Report on the bubonic plague in Bombay, 1896-1897
Year: 1896
Disease focus: Plague
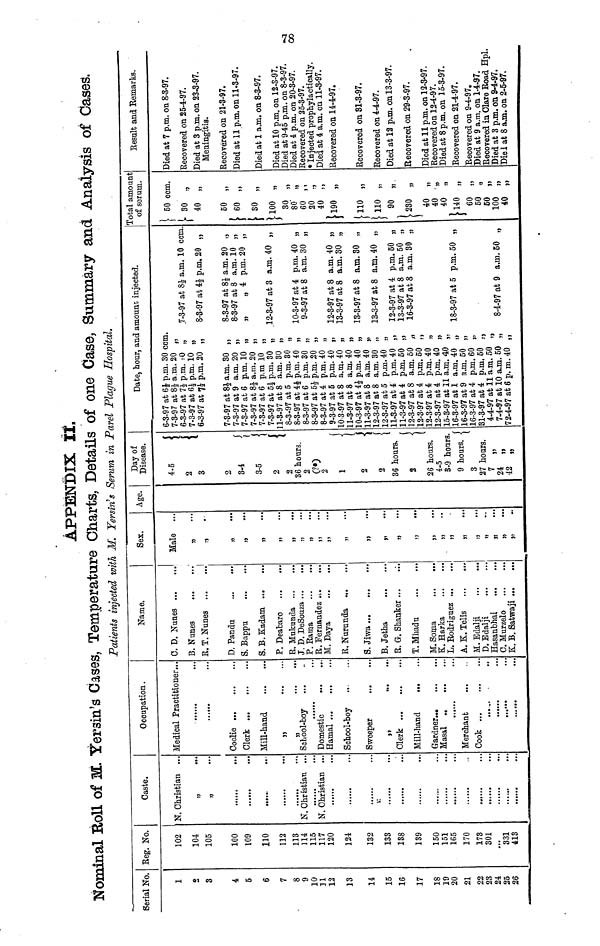
APPENDIX It.
Nominal Boll of M. Yersin's Cases, Temperature Charts, Details of one Case, Summary and Analysis of Cases.
Patients injected with M. Yersin's Serum in Parel Plague Hospital.
Serial No. Reg. No.
Caste.
Occupation.
Name.
Sex.
Age.
Day of
Disease.
1
2
3
4
6
6
7
8
9
10
11
12
13
11
15
16
17
18
19
20
21
22
23
24
25
26
102
101
105
100
109
110
112
113
114
115
117
120
121
132
133
138
139
150
151
165
170
173
301
...
331
113
N. Christian
"
"
......
......
......
......
......
N. Christian
N. Christian
......
......
......
......
......
......
......
......
......
......
.....
......
......
......
...
...
...
...
...
...
...
...
...
...
...
...
...
...
...
...
...
...
...
...
...
...
...
...
Medical Praotitioner...
......
......
Coolie ...
Clerk ...
Mill-hand
"
"
Sohool-boy
Domestic
Hamal ...
Sohool-boy
Sweeper
"
Clerk ...
Mill-hand
Gardner...
Masai ...
......
Merchant
Cook ...
......
......
......
......
...
...
...
...
...
...
...
...
...
...
...
...
...
...
...
...
...
...
...
...
...
...
...
...
...
...
...
...
...
...
...
...
...
...
...
...
...
...
...
...
...
...
C. D. Nunes
B. Nunes
B. T. Nunes
D. Panda
S. Bappu
S. B. Kadam
P. Deabaro
B. Mukunda
J. D. DeSonza
P. Rama
B. Fernandes
M. Daya
B. Nurunda
S. Jiwa...
B. Jetha
B. G. Shanker
T. Mhadu
M. Soma
K. Harka
L. Rodrigues
A. K. Tens
M. Edalji
D. Edalji
Hasanbhai
C. Murzelo
K. B. Satwaji
...
...
...
...
...
...
...
...
...
...
...
...
...
...
...
...
...
...
...
...
...
...
...
...
...
...
...
...
...
...
...
...
...
...
...
...
...
...
...
...
...
...
...
...
...
...
...
...
...
Male
"
"
"
"
"
"
"
"
"
"
"
"
"
"
"
"
"
"
"
"
"
"
"
"
"
"
"
...
...
...
...
...
...
...
...
...
...
...
...
...
...
...
...
...
...
...
...
...
...
...
...
"
4-5
"
2
3
2
5-4
3-5
2
2
36 hours.
2
2
(?)
1
2
2
36 hours.
2
26 hours.
4-5
3-9 hours.
9 hours.
3
27 hours.
7 "
24 "
42 "
Date, hour, and amount injected.
6-3-97 at 6 1/2 p.m. 30
7-3-97 at 8 1/2 a.m. 20
6-3-97 at 7 1/2 p.m. 10
7-3-97 at 6 1/2 p.m. 10
6-3-97 at 7 1/2 p.m. 20
7-3-97 at 8 1/2 a.m. 30
7-3-97 at 9 a.m. 20
7-3-97 at 6 p.m. 10
7-3-97 at 8 1/2 a.m. 20
7-3-97 at 6 p.m 10
7-3-97 at 5 1/2 p.m. 30
11-3-97 at 8 a.m. 80
8-3-97 at 5 p.m. 30
8-3-97 at 4 1/2 P.m. 10
8-3-97 at 6 p.m. 30
8-3-97 at 5 1/2 p.m. 20
8-3-97 at 4 p.m. 10
9-3-97 at 5 p.m. 40
10-3-97 at 8 a.m. 40
11-3-97 at 8 a.m.40
10-3-97 at 4 1/2 p.m. 10
11-3-97 at 8 a.m. 40
12-3-97 at 8 a.m. 30
12-3-97 at 5 p.m. 40
11-3-97 at 4 p.m. 40
11-3-97 at 4 p.m. 50
12-3-97 at 8 a.m. 50
12-3-97 at 4 p.m. 50
12-347 at 4 p.m. 40
12-3-97 at 1 p.m. 40
15-3-97 at 11 a.m. 40
16-3-97 at 1 a.m. 40
16-3-97 at 9 a.m. 50
16-3-97 at 4 pan. 60
31-3-97 at 4 p.m. 50
4-4-97 at 11 a.m. 50
7-4-97 at 10 a.m. 50
72-4-97 at 6 p. m. 40
ccm.
n
"
"
"
"
"
"
"
"
"
"
"
"
"
"
"
"
"
"
"
"
"
"
"
"
"
"
"
"
"
"
"
"
"
7-3-97 at 8 1/2 a.m. 10
8-3-97 at 4 1/2 p.m.20
8-3-97 at 8 1/2 a.m. 20
8-3-97 at 8 a.m. 10
„
„ 4 p.m. 20
12-3-97 at 3 a.m. 40
10-3-97 at 4 p.m. 40
9-3-97 at 8 a.m. 30
12-3-97 at 8 a.m. 40
13-3-97 at 8 a.m. 30
13-8-97 at 8 a.m. 30
13-3-97 at 8 a.m. 40
12-3-97 at 4 p.m. 50
13-3-97 at 8 a.m. 50
16-3-97 at 8 a.m. 30
18-3-97 at 5 p.m. 50
8-4-97 at 9 a.m. 50
ccm.
"
"
"
"
"
"
"
"
"
"
"
"
"
"
"
Total amount
of serum.
50
30
10
50
60
30
100
30
80
60
20
10
190
110
110
110
110
90
230
40
40
40
140
60
50
50
100
40
ccm.
"
"
"
"
"
"
"
"
"
"
"
"
"
"
"
"
"
"
"
"
"
"
"
"
"
"
„
"
Result and Remarks.
Died at 7 p.m. on 8-3-97.
Recovered on 25-4-97.
Died at 3 p.m. on 23-3-97.
Meningitis.
Recovered on 21-3-97.
Died at 11 p.m. on 11-3-97.
Died at 1 a.m. on 8-3-97.
Died at 10 p.m. on 12-3-97.
Died at 945 p.m. on 8-3-97.
Died at 4 p.m. on 20-3-97.
Recovered on 25-3-97.
Injected prophylactically.
Died at 4 a.m. on 11-3-97.
Recovered on 14-4-97.
Recovered on 31-3-97.
Recovered on 4-4-97.
Died at 12 p.m. on 13-3-97.
Recovered on 29-3-97.
Died at 11 p.m. on 12-3-97.
Recovered on 124-97.
Died at 8 p.m. on 15-3-97.
Recovered on 21-4-97.
Recovered on 9-4-97.
Died at 9 a.m. on 1-4-97.
Recovered in Clare Road Hpl.
Died at 8 p.m. on 94-97.
Diel at 8 a.m. on 2-5-97